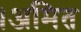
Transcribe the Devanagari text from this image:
।अमित